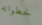
خطواته